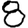
Digit: 8